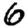
Digit: 6